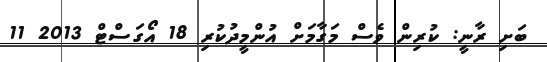
ބަށި ރާނީ: ކުރިން ވެސް މަގާމަށް އުންމީދުކުރި 18 އޯގަސްޓް 2013 11